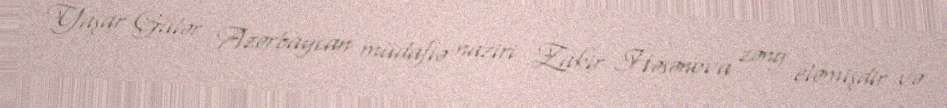
Yaşar Gülər Azərbaycan müdafiə naziri Zakir Həsənova zəng eləmişdir və